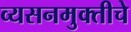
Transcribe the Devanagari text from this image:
व्यसनमुक्‍तीचे